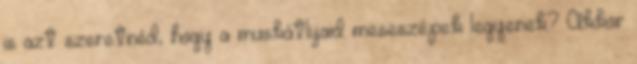
is azt szeretnéd, hogy a muskátlijaid meseszépek legyenek? Akkor